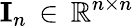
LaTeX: \mathbf{I}_{n}\, \in\, \mathbb{R}^{n\times n}